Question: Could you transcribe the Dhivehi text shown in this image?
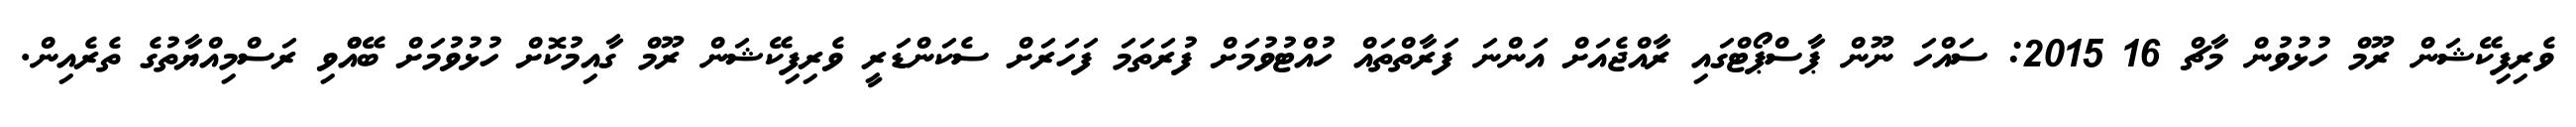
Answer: ވެރިފިކޭޝަން ރޫމް ހުޅުވުން މާޗް 16 2015: ސައްހަ ނޫން ޕާސްޕޯޓްގައި ރާއްޖެއަށް އަންނަ ފަރާތްތައް ހުއްޓުވުމަށް ފުރަތަމަ ފަހަރަށް ސެކަންޑަރީ ވެރިފިކޭޝަން ރޫމް ގާއިމުކޮށް ހުޅުވުމަށް ބޭއްްވި ރަސްމިއްޔާތުގެ ތެރެއިން.